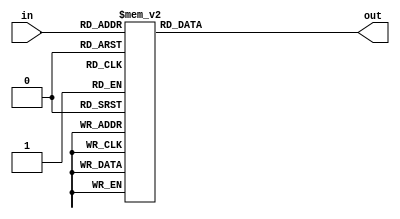
/******************************************************************************

   Fg   DST40.

    .

******************************************************************************/

module Fg
(
  input   [3:0] in,
  output        out
);


reg     i;
assign  out = i;

always  @( in )
begin
  case( in )
    4'b 0000: i = 0;
    4'b 0001: i = 1;
    4'b 0010: i = 1;
    4'b 0011: i = 1;
    4'b 0100: i = 0;
    4'b 0101: i = 0;
    4'b 0110: i = 1;
    4'b 0111: i = 0;
    4'b 1000: i = 0;
    4'b 1001: i = 1;
    4'b 1010: i = 0;
    4'b 1011: i = 0;
    4'b 1100: i = 1;
    4'b 1101: i = 1;
    4'b 1110: i = 1;
    default : i = 0;
  endcase
end


endmodule